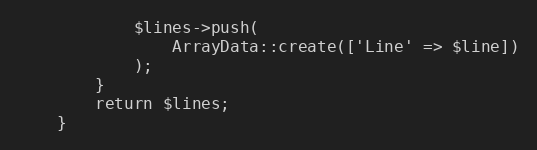
Language: PHP
            $lines->push(
                ArrayData::create(['Line' => $line])
            );
        }
        return $lines;
    }